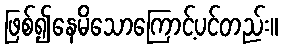
ဖြစ်၍နေမိသောကြောင့်ပင်တည်း။